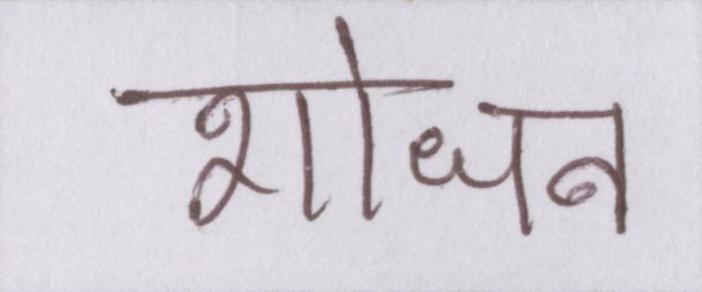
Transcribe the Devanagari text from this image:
शोधन